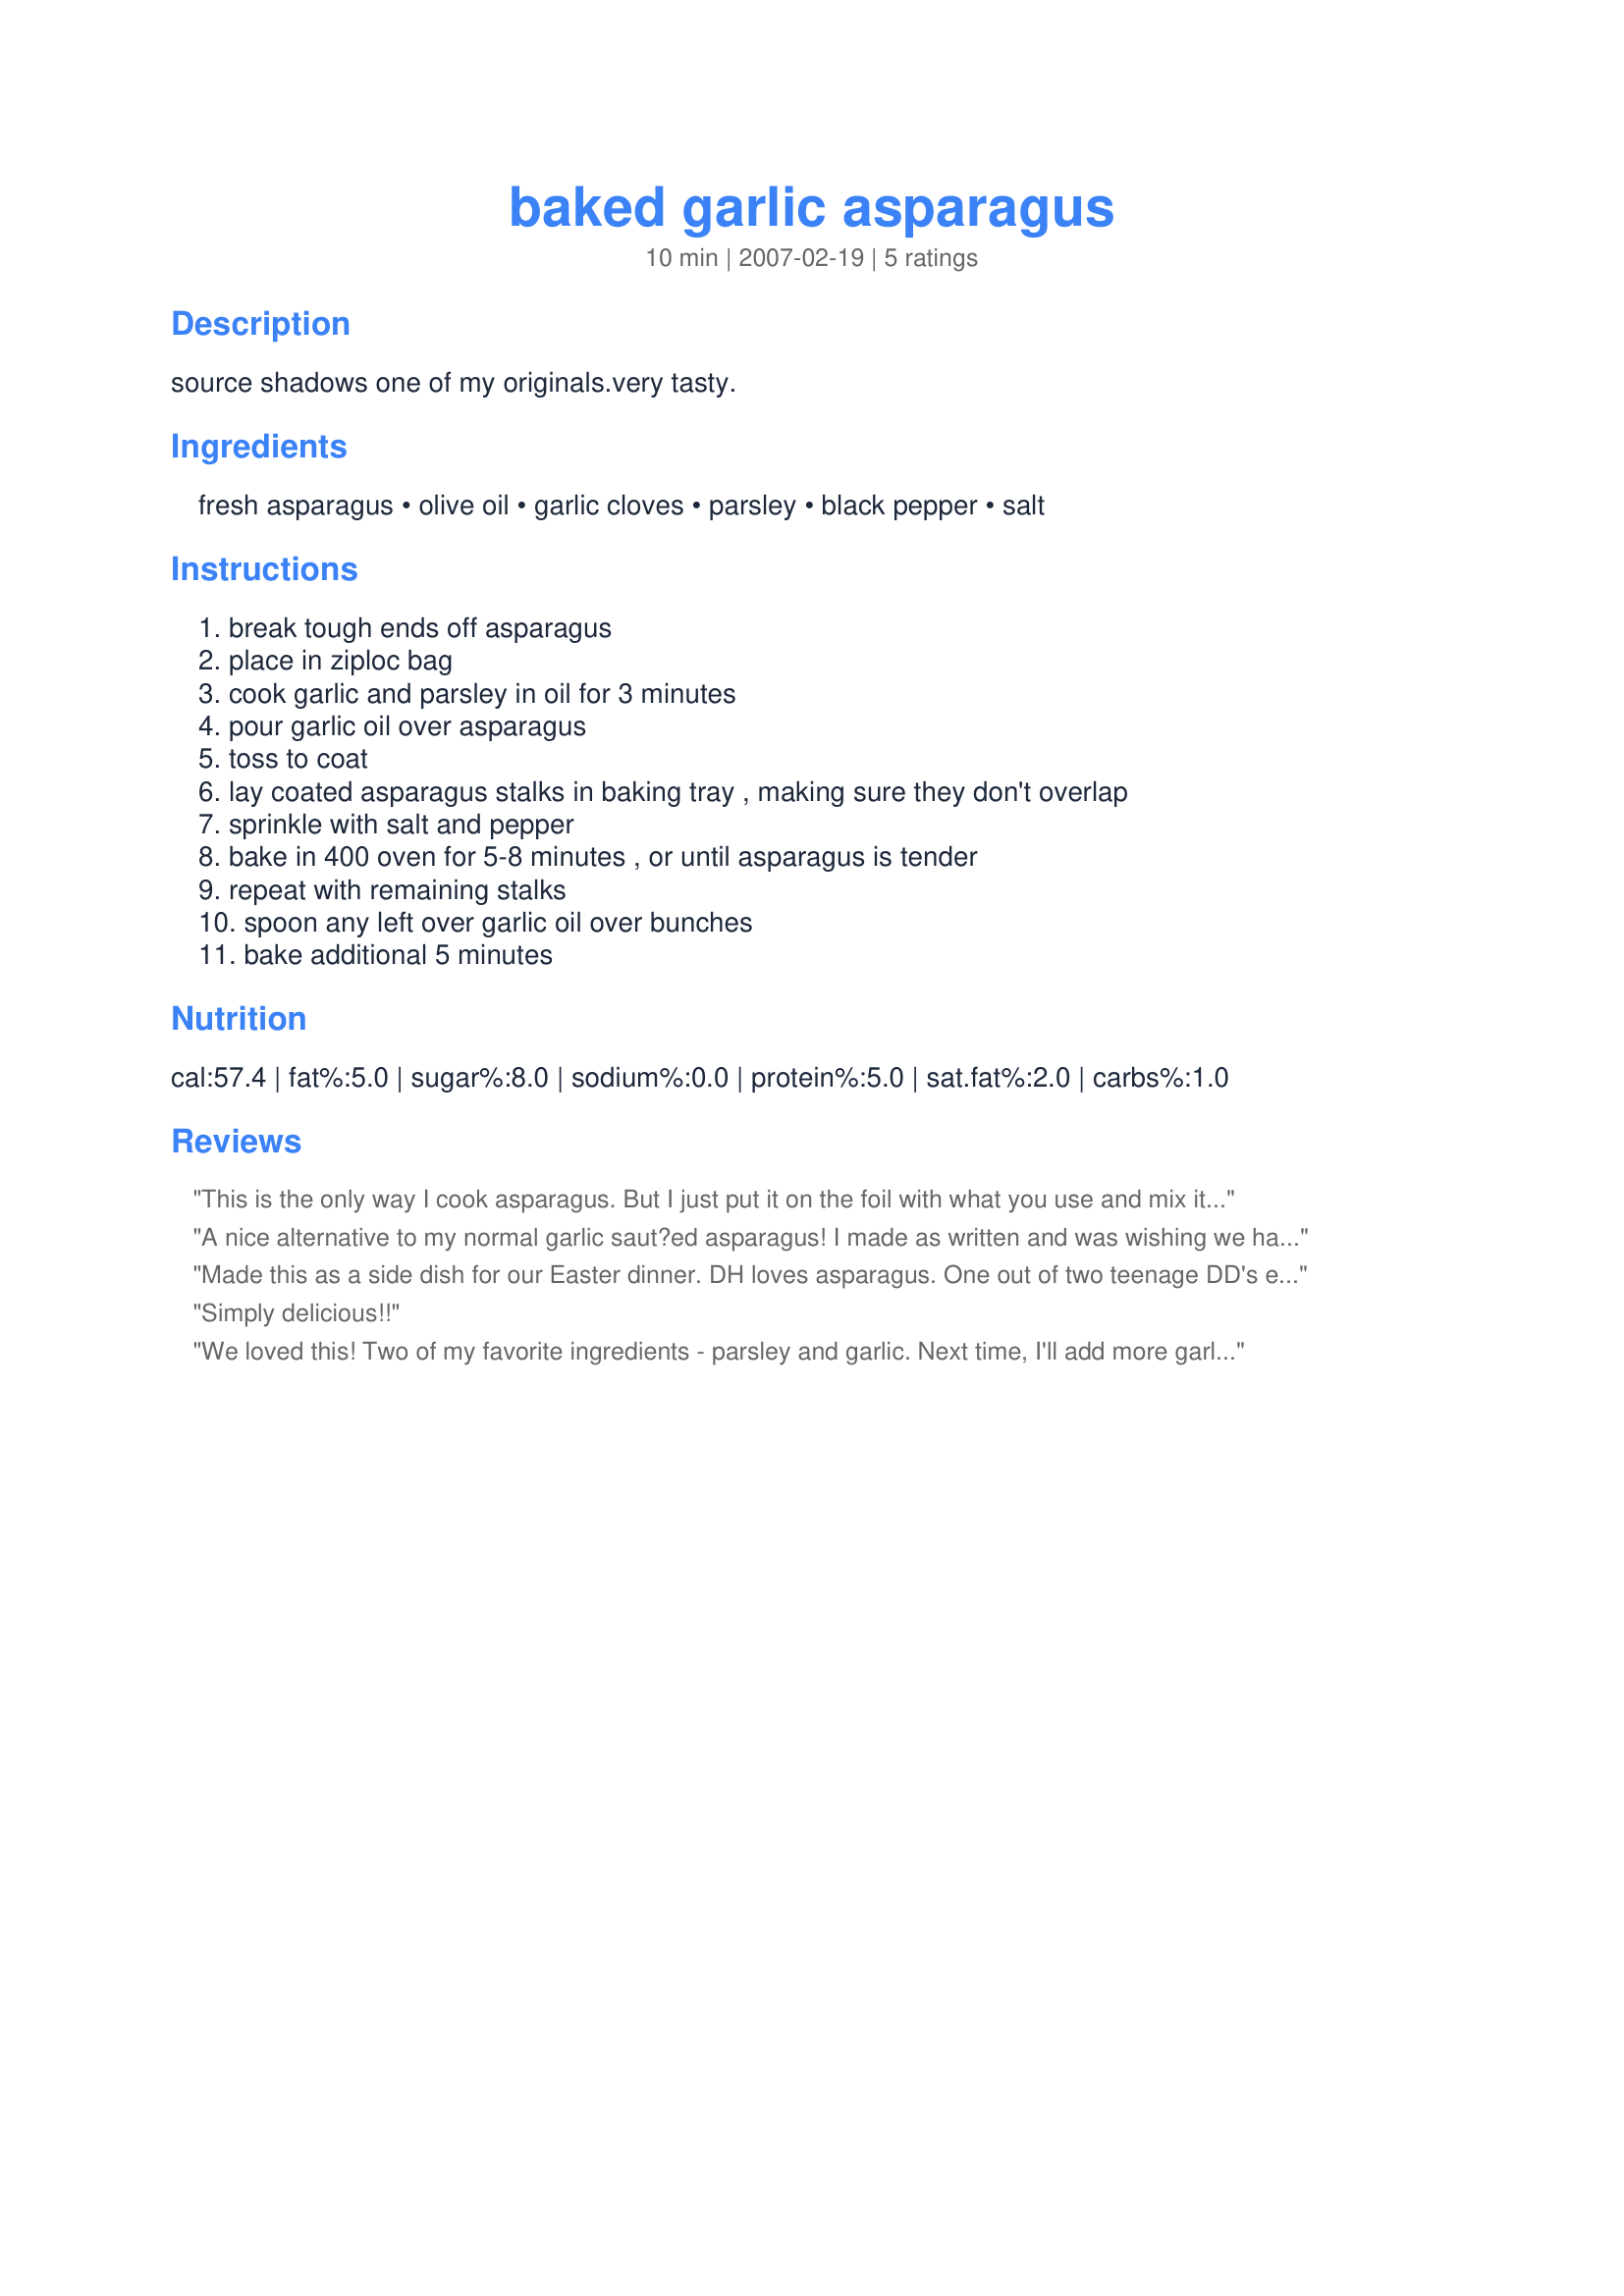
baked garlic asparagus
Preparation time: 10 minutes

source shadows
one of my originals.very tasty.

Ingredients:
fresh asparagus, olive oil, garlic cloves, parsley, black pepper, salt

Steps:
break tough ends off asparagus, place in ziploc bag, cook garlic and parsley in oil for 3 minutes, pour garlic oil over asparagus, toss to coat, lay coated asparagus stalks in baking tray , making sure they don't overlap, sprinkle with salt and pepper, bake in 400 oven for 5-8 minutes , or until asparagus is tender, repeat with remaining stalks, spoon any left over garlic oil over bunches, bake additional 5 minutes

Reviews:
This is the only way I cook asparagus. But I just put it on the foil with what you use and mix it up. But I bet cooking it frist
would be better. going to try that.
Thanks Shadows
A nice alternative to my normal garlic saut?ed asparagus! I made as written and was wishing we had some bacon so that I could have tried the suggestion in step 9. Thanks for the tasty post.
Made this as a side dish for our Easter dinner. DH loves asparagus. One out of two teenage DD's enjoyed it. It did take longer than 8 minutes for it to come to the desired consistency. Overall, a nice, easy to prepare, recipe.
Simply delicious!!
We loved this! Two of my favorite ingredients - parsley and garlic. Next time, I'll add more garlic and more parsley. Delicious!
